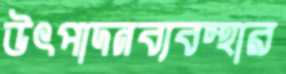
উৎপাদনব্যবস্থার